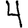
Digit: 4